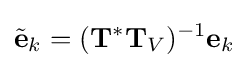
{\tilde {\mathbf {e} }}_{k}=(\mathbf {T} ^{*}\mathbf {T} _{V})^{-1}\mathbf {e} _{k}